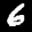
Label: 6